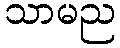
သာမည